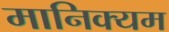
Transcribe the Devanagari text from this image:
मानिक्यम